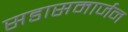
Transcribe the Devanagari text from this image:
सडासमार्जन